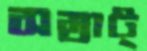
সম্রাট্‌